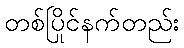
တစ်ပြိုင်နက်တည်း